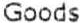
GOODS